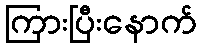
ကြားပြီးနောက်